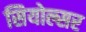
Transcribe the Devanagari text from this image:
सियोल्सर